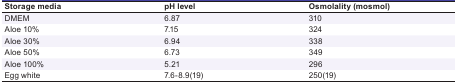
| Storage media | pH level | Osmolality (mosmol) |
 | --- | --- | --- |
 | DMEM | 6.87 | 310 |
 | Aloe 10% | 7.15 | 324 |
 | Aloe 30% | 6.94 | 338 |
 | Aloe 50% | 6.73 | 349 |
 | Aloe 100% | 5.21 | 296 |
 | Egg white | 7.6-8.9(19) | 250(19) |